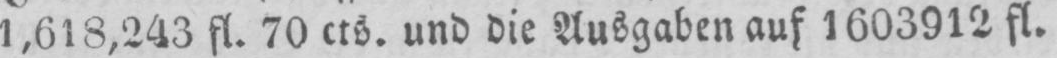
1,618,243 fl. 70 cts. und die Ausgaben auf 1603912 fl.